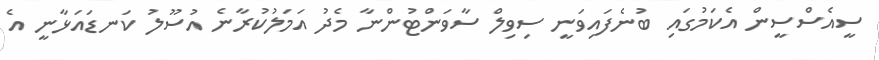
ސީއެސްސީން އެކަމުގައި ބުނެފައިވަނީ ސިވިލް ސާވަންޓުންނާ މެދު އަމަލުކުރާނެ އުސޫލު ކަނޑައަޅާނީ އެ